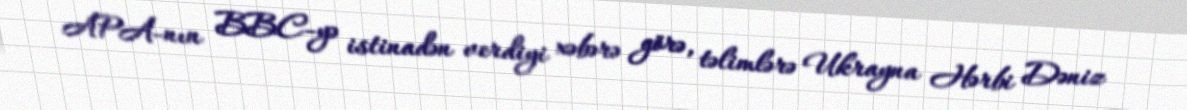
APA-nın BBC-yə istinadən verdiyi xəbərə görə, təlimlərə Ukrayna Hərbi Dəniz